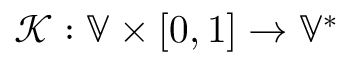
\mathcal { K } : \mathbb { V } \times [ 0 , 1 ] \to \mathbb { V } ^ { * }